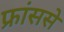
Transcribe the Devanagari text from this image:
फ्रांससे